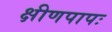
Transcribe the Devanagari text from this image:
क्षीणपापः